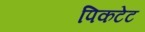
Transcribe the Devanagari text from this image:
पिकटेट